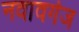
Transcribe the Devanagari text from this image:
नवावगंज